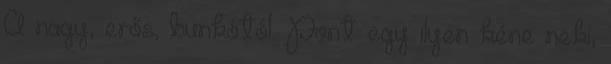
A nagy, erős, bunkótól. Pont egy ilyen kéne neki,